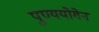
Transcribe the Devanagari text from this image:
पुण्ययोगेन